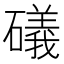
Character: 礒